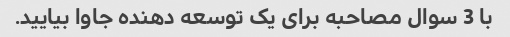
با 3 سوال مصاحبه برای یک توسعه دهنده جاوا بیایید.